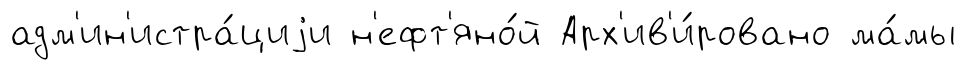
адм'ин'истра́циjи н'ефт'яно́й Арх'ив'и́ровано ма́мы